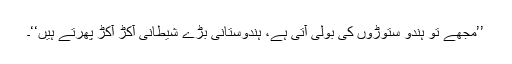
’’مجھے تو ہندو ستوڑوں کی بولی آتی ہے، ہندوستانی بڑے شیطانی آکڑ آکڑ پھرتے ہیں‘‘۔